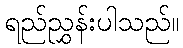
ရည်ညွှန်းပါသည်။